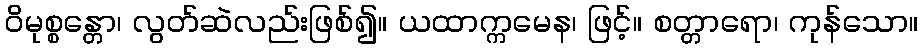
ဝိမုစ္စန္တော၊ လွတ်ဆဲလည်းဖြစ်၍။ ယထာက္ကမေန၊ ဖြင့်။ စတ္တာရော၊ ကုန်သော။